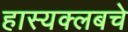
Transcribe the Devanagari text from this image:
हास्यक्लबचे